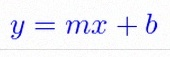
y=mx+b